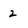
Character: 2